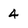
Character: 4